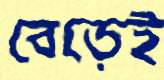
বেড়েই